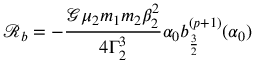
\mathcal { R } _ { b } = - \frac { \mathcal { G } \mu _ { 2 } m _ { 1 } m _ { 2 } \beta _ { 2 } ^ { 2 } } { 4 \Gamma _ { 2 } ^ { 3 } } \alpha _ { 0 } b _ { \frac { 3 } { 2 } } ^ { ( p + 1 ) } ( \alpha _ { 0 } )